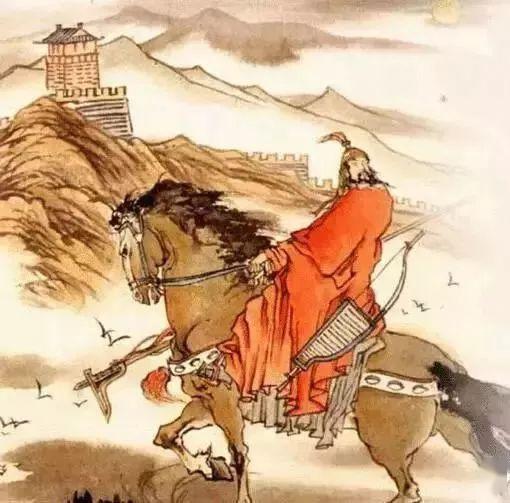
醉卧沙场君莫笑，古来征战几人回？